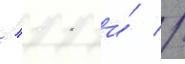
/ 11 и́ //